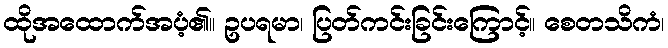
ထိုအထောက်အပံ့၏။ ဥပရမာ၊ ပြတ်ကင်းခြင်းကြောင့်။ စေတသိကံ၊